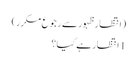
(انتظار ظہور سے رجوع مکرر)
1 انتظار ہے کیا؟